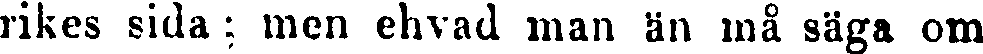
rikes sida ; men ehvad man än må säga om